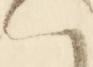
ハ